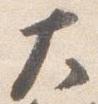
大